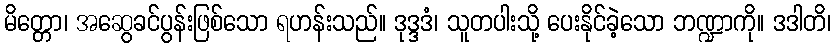
မိတ္တော၊ အဆွေခင်ပွန်းဖြစ်သော ရဟန်းသည်။ ဒုဒ္ဒဒံ၊ သူတပါးသို့ ပေးနိုင်ခဲ့သော ဘဏ္ဍာကို။ ဒဒါတိ၊